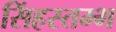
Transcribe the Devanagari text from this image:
सिंहस्तम्भ